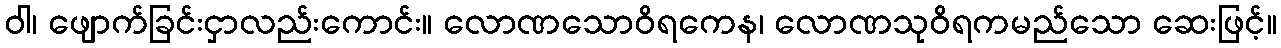
ဝါ၊ ဖျောက်ခြင်းငှာလည်းကောင်း။ လောဏသောဝိရကေန၊ လောဏသုဝိရကမည်သော ဆေးဖြင့်။